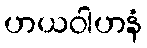
ဟယဝါဟနံ